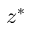
z ^ { * }